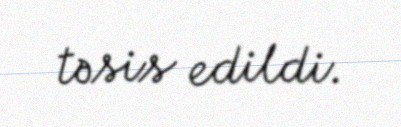
təsis edildi.